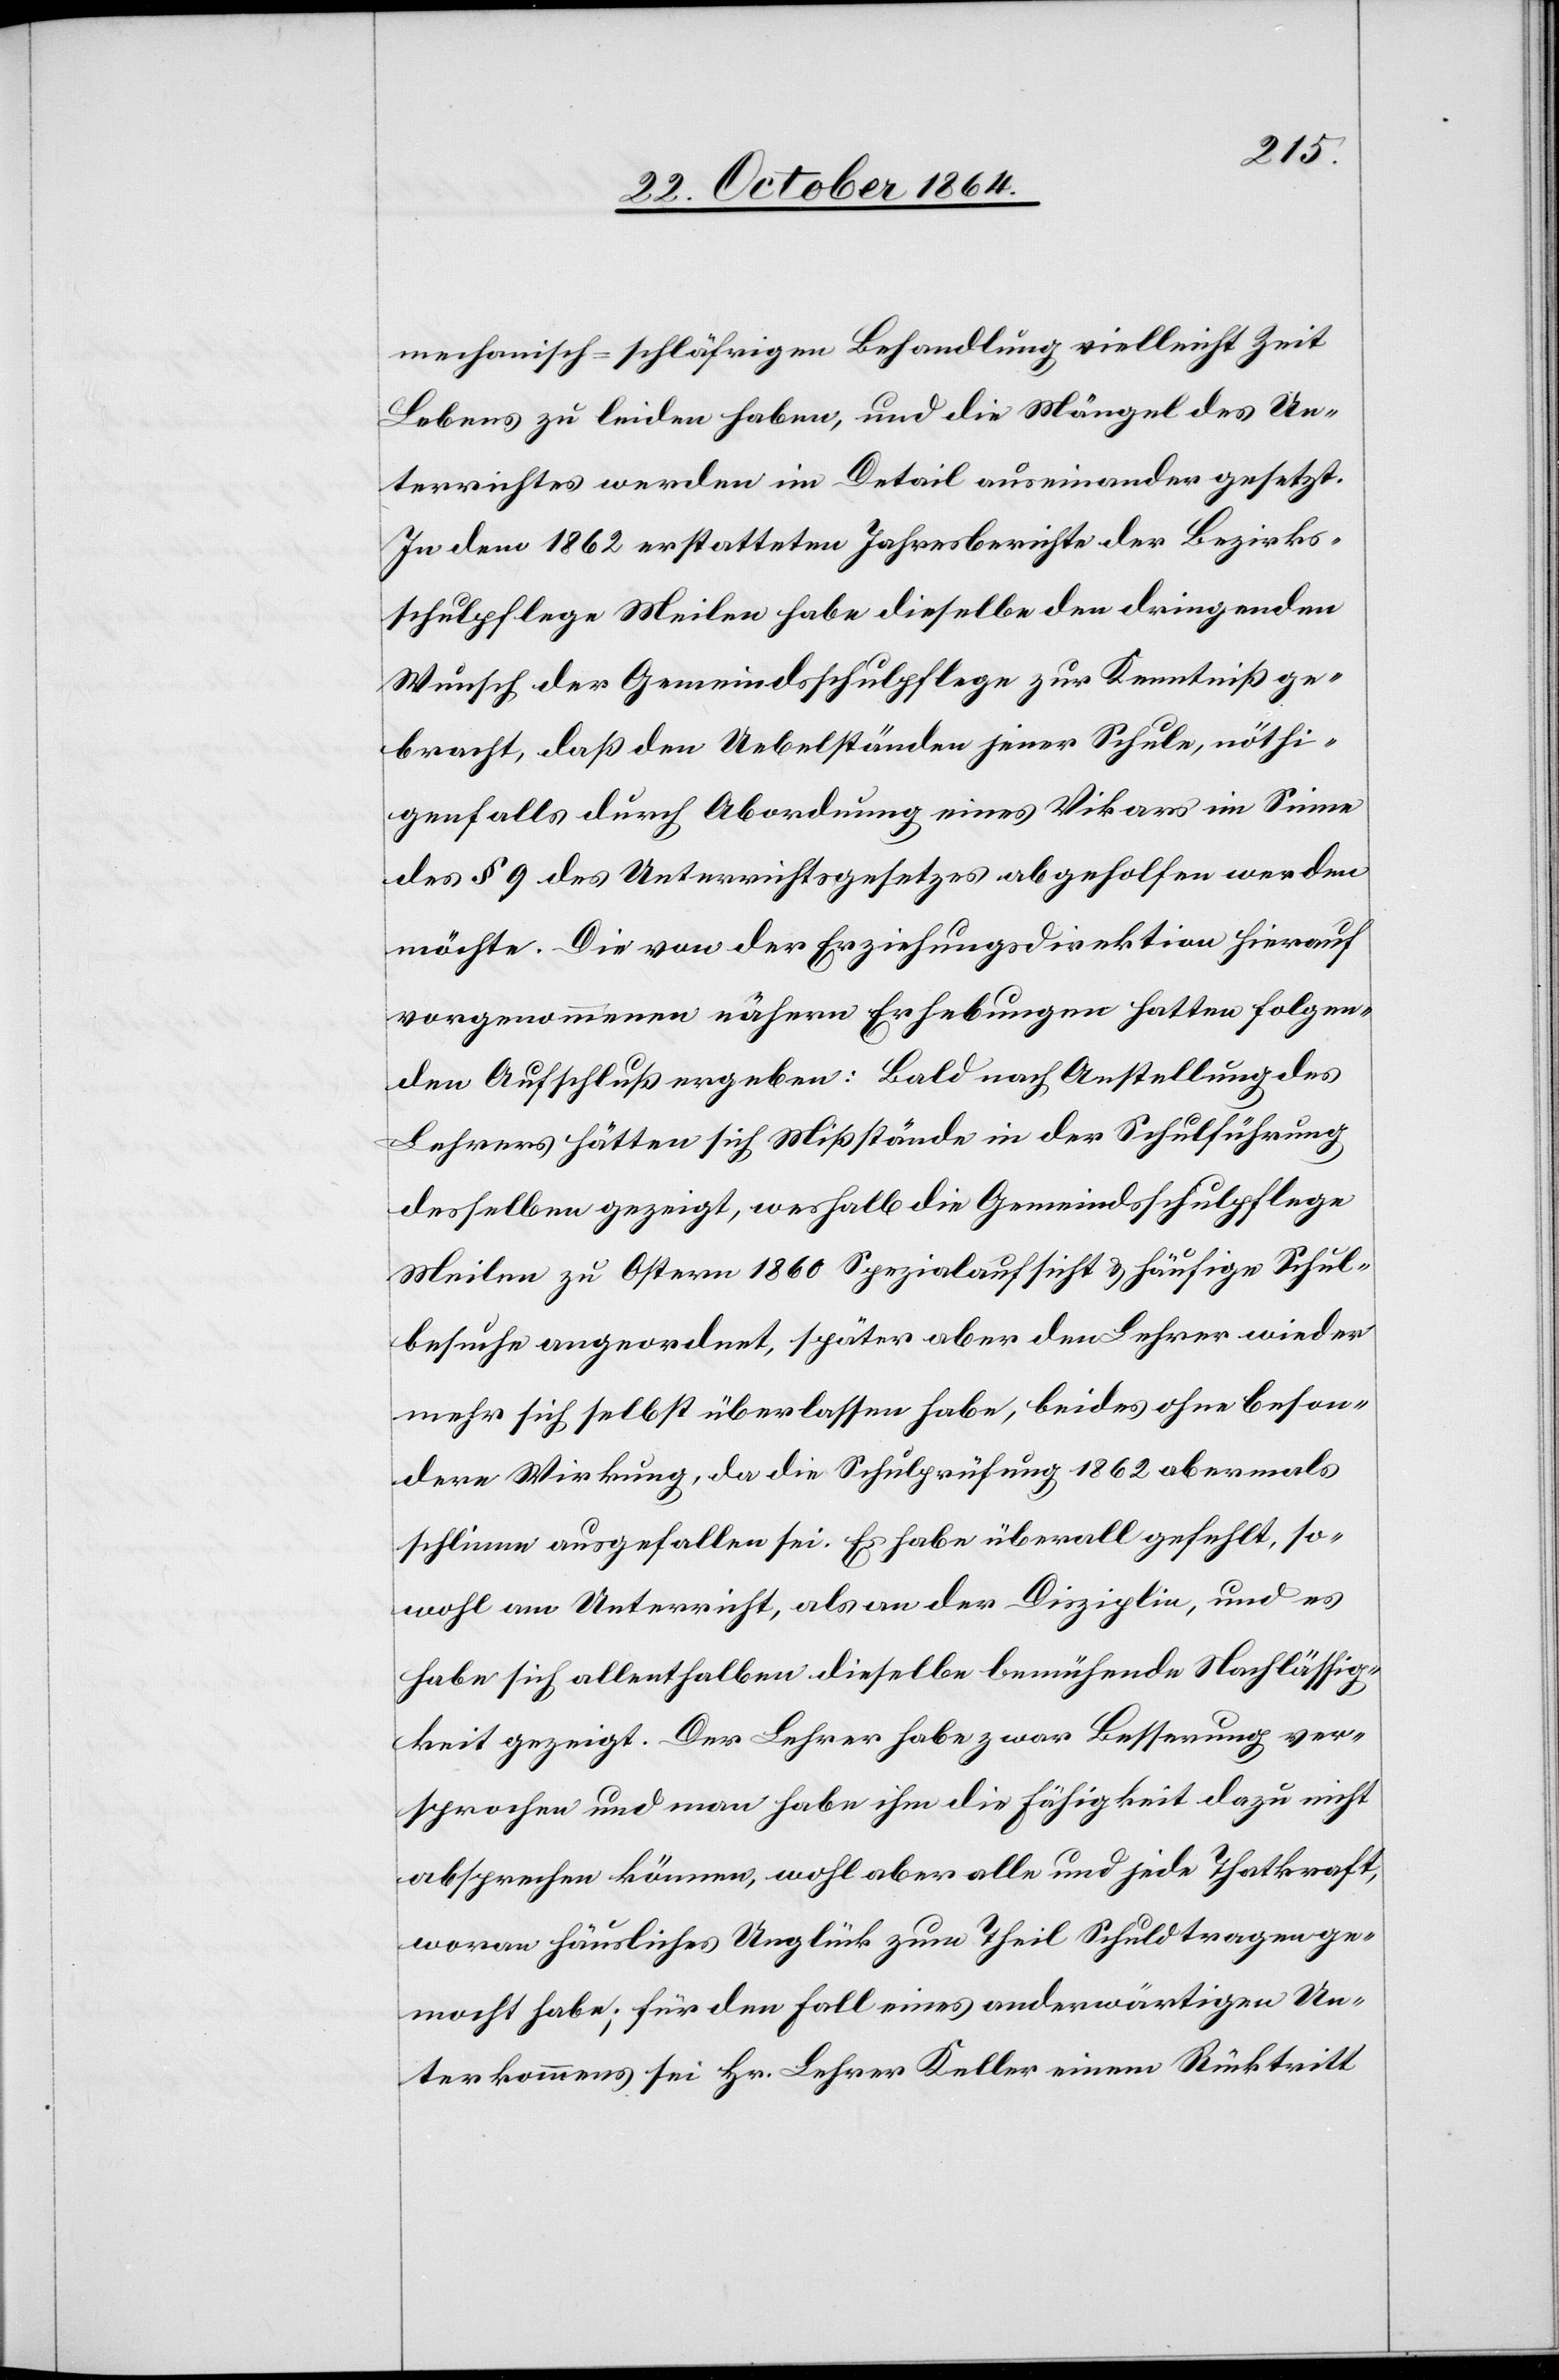
mechanisch-schläfrigen Behandlung vielleicht Zeit
Lebens zu leiden haben, und die Mängel des Un¬
terrichtes werden im Detail auseinander gesetzt.
In dem 1862 erstatteten Jahresberichte der Bezirks¬
schulpflege Meilen habe dieselbe den dringenden
Wunsch der Gemeindsschulpflege zur Kenntniß ge¬
bracht, daß den Uebelständen jener Schule, nöthi¬
genfalls durch Abordnung eines Vikars im Sinne
des § 9 des Unterrichtsgesetzes abgeholfen werden
möchte. Die von der Erziehungsdirektion hierauf
vorgenommenen nähern Erhebungen hatten folgen¬
den Aufschluß ergeben: Bald nach Anstellung des
Lehrers hätten sich Mißstände in der Schulführung
desselben gezeigt, weshalb die Gemeindsschulpflege
Meilen zu Ostern 1860 Spezialbericht & häufige Schul¬
besuche angeordnet, später aber den Lehrer wieder
mehr sich selbst überlassen habe; beides ohne beson¬
dere Wirkung, da die Schulprüfung 1862 abermals
schlimm ausgefallen sei. Es habe überall gefehlt, so¬
wohl am Unterricht, als an der Disziplin, und es
habe sich allenthalben dieselbe bemühende Nachlässig¬
keit gezeigt. Der Lehrer habe zwar Besserung ver¬
sprochen und man habe ihm die Fähigkeit dazu nicht
absprechen können, wohl aber alle und jede Thatkraft,
woran häusliches Unglück zum Theil Schuld tragen ge¬
mocht habe; für den Fall eines anderwärtigen Un¬
terkommens sei Hr. Lehrer Keller einem Rücktritt